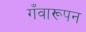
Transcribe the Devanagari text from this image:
गँवारूपन